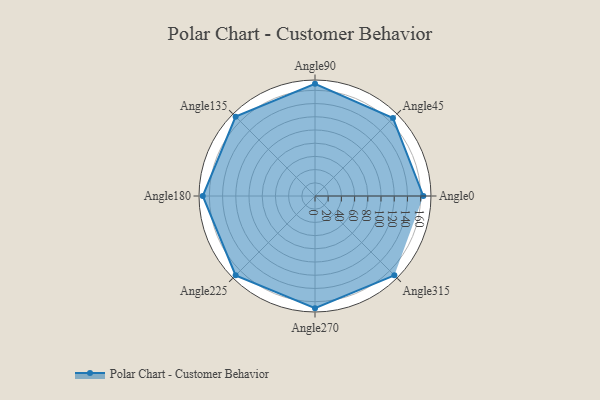
{"axis": {"x": "Angle", "y": "Radius"}, "legend": [""], "data": [{"x": "Angle0", "y": 164.0, "type": ""}, {"x": "Angle45", "y": 167.0, "type": ""}, {"x": "Angle90", "y": 170, "type": ""}, {"x": "Angle135", "y": 170, "type": ""}, {"x": "Angle180", "y": 170, "type": ""}, {"x": "Angle225", "y": 170, "type": ""}, {"x": "Angle270", "y": 170, "type": ""}, {"x": "Angle315", "y": 170, "type": ""}]}